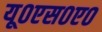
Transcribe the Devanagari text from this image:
यू०एस०ए०